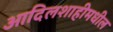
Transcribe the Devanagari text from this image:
आदिलशाहीमधील